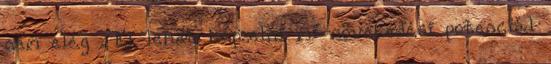
nem elég . El lehet képzelni mi növekedési potenciál